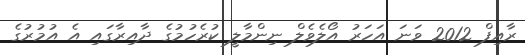
ރާއިފް 2012 ވަނަ އަހަރު އޯލެވެލް ނިންމާލީ ކުރެހުމުގެ ދާއިރާގައި އެ އުމުރުގެ